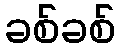
ခစ်ခစ်